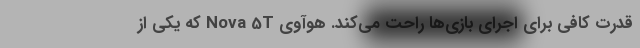
قدرت کافی برای اجرای بازی‌ها راحت می‌کند. هوآوی Nova 5T که یکی از